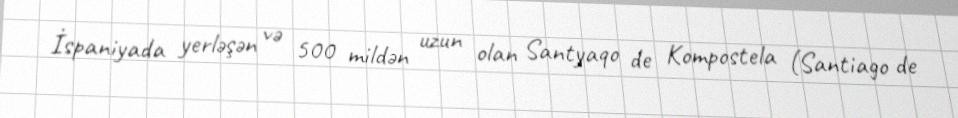
İspaniyada yerləşən və 500 mildən uzun olan Santyaqo de Kompostela (Santiago de